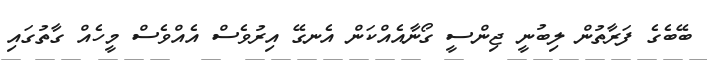
ބޭބެގެ ފަރާތުން ލިބުނީ ޖިންސީ ގޯނާއެއްކަން އެނގޭ އިރުވެސް އެއްވެސް މީހެއް ގާތުގައި